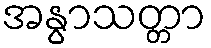
အနွာသတ္တာ